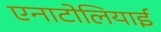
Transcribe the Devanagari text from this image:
एनाटोलियाई